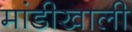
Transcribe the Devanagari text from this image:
मांडीखाली